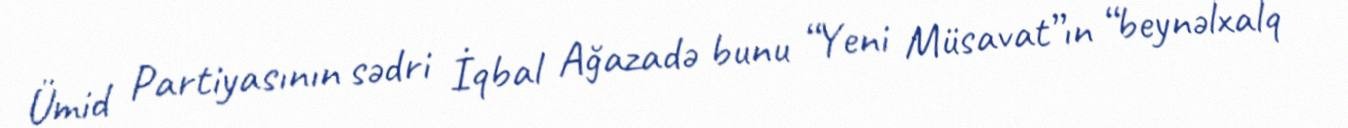
Ümid Partiyasının sədri İqbal Ağazadə bunu “Yeni Müsavat”ın “beynəlxalq